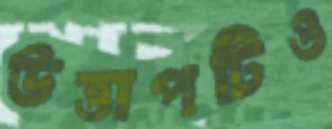
উত্তাপটিও